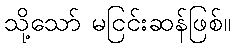
သို့သော် မငြင်းဆန်ဖြစ်။